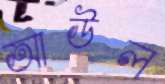
আউল